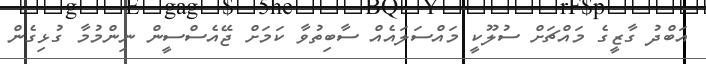
އަބްދު ގާޒީގެ މައްޗަށް ސުލޫކީ މައްސަލައެއް ސާބިތުވާ ކަމަށް ޖޭއެސްސީން ނިންމުމާ ގުޅިގެން